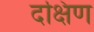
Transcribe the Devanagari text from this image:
दक्षिण्‍ा